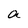
Character: a